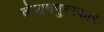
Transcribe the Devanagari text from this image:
लेखनपुरस्कार